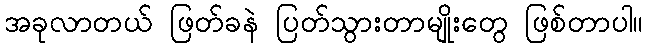
အခုလာတယ် ဖြတ်ခနဲ ပြတ်သွားတာမျိုးတွေ ဖြစ်တာပါ။